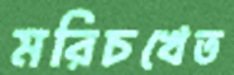
মরিচখেত